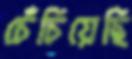
চেঁচিয়েছি